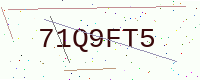
Text: 71Q9FT5